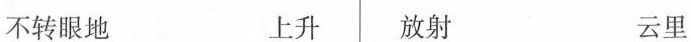
不转眼地 上升 放射 云里